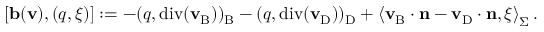
[ \mathbf { b } ( { \mathbf { v } } ) , ( q , \xi ) ] : = - ( q , \mathrm { d i v } ( { \mathbf { v } } _ { \mathrm { B } } ) ) _ { \mathrm { B } } - ( q , \mathrm { d i v } ( { \mathbf { v } } _ { \mathrm { D } } ) ) _ { \mathrm { D } } + \left< { \mathbf { v } } _ { \mathrm { B } } \cdot { \mathbf { n } } - { \mathbf { v } } _ { \mathrm { D } } \cdot { \mathbf { n } } , \xi \right> _ { \Sigma } .